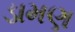
ડામણ